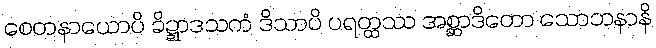
စေတနာယောပိ ခိဍ္ဍာဒသကံ ဒိသာပိ ပရတ္ထဿ အစ္ဆာဒိတော သောဘနာနိ